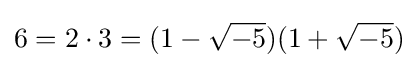
6=2\cdot 3=(1-{\sqrt {-5}})(1+{\sqrt {-5}})